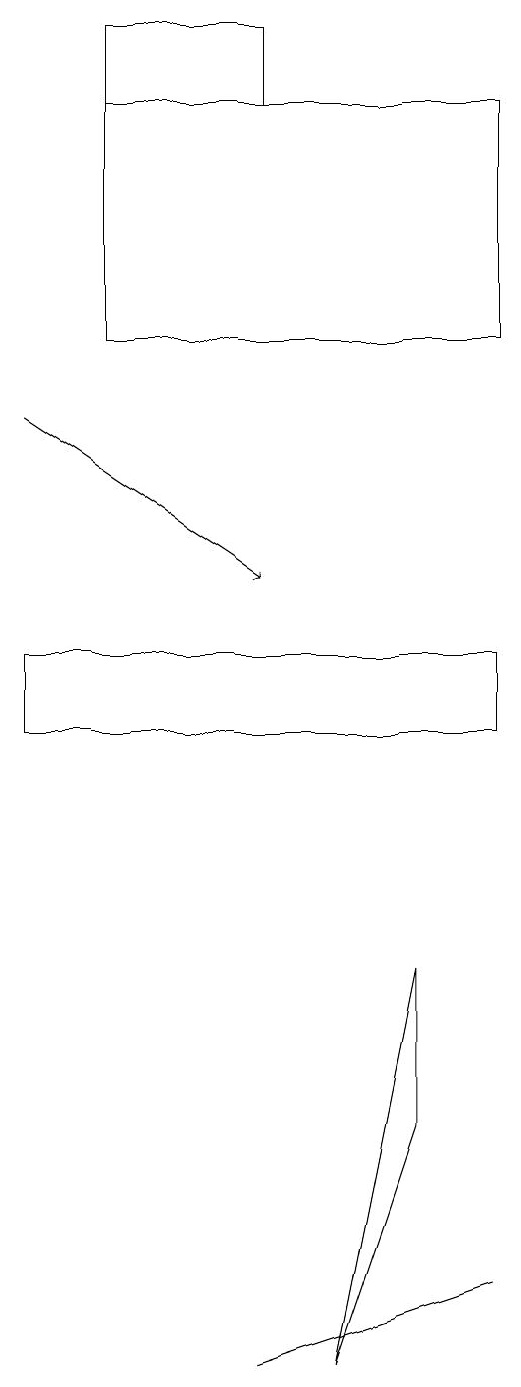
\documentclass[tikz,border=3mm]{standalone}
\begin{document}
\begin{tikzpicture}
\draw (7,7) -- (6,2) -- (7,5) -- cycle;
\draw (5,2) -- (8,3) -- (5,2) -- cycle;
\draw (3,18) rectangle (5,19);
\draw (2,10) rectangle (8,11);
\draw (8,18) rectangle (3,15);
\draw[->] (2,14) -- (5,12);
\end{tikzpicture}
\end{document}